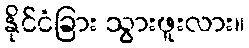
နိုင်ငံခြား သွားဖူးလား။